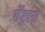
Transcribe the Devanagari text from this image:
वेंट्रास